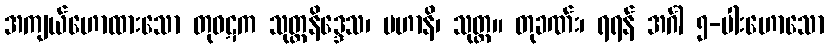
အကျယ်ဟောထားသော တုဝဋက သုတ္တနိဒ္ဒေသ၊ မဟာနိ၊ သုတ္တ။ တုခဏ်း၊ ရရန် အင်္ဂါ ၅-ပါးဟောသော